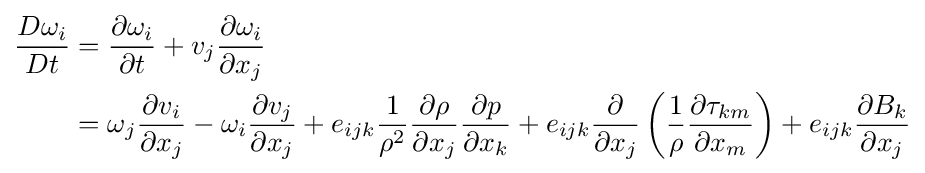
{\begin{aligned}{\frac {D\omega _{i}}{Dt}}&={\frac {\partial \omega _{i}}{\partial t}}+v_{j}{\frac {\partial \omega _{i}}{\partial x_{j}}}\\&=\omega _{j}{\frac {\partial v_{i}}{\partial x_{j}}}-\omega _{i}{\frac {\partial v_{j}}{\partial x_{j}}}+e_{ijk}{\frac {1}{\rho ^{2}}}{\frac {\partial \rho }{\partial x_{j}}}{\frac {\partial p}{\partial x_{k}}}+e_{ijk}{\frac {\partial }{\partial x_{j}}}\left({\frac {1}{\rho }}{\frac {\partial \tau _{km}}{\partial x_{m}}}\right)+e_{ijk}{\frac {\partial B_{k}}{\partial x_{j}}}\end{aligned}}